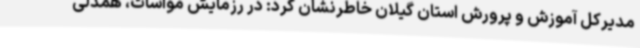
مدیرکل آموزش و پرورش استان گیلان خاطرنشان کرد: در رزمایش مواسات، همدلی